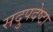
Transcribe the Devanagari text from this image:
सदुपदेष्टा